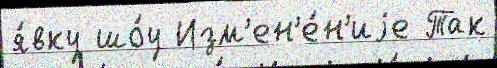
я́вку шо́у Изм'ен'е́н'иjе Так